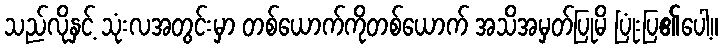
သည်လိုနှင့် သုံးလအတွင်းမှာ တစ်ယောက်ကိုတစ်ယောက် အသိအမှတ်ပြုမိ ပြုံးပြ၏ပေါ့။